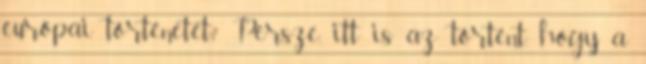
európai történetét? Persze, itt is az történt, hogy a